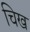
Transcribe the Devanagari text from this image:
चिख